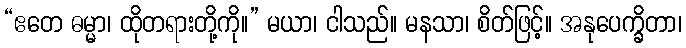
“ဧတေ ဓမ္မာ၊ ထိုတရားတို့ကို။” မယာ၊ ငါသည်။ မနသာ၊ စိတ်ဖြင့်။ အနုပေက္ခိတာ၊